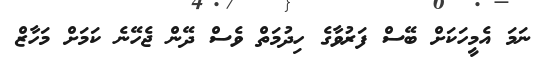
ނަމަ އެމީހަކަށް ބޭސް ފަރުވާގެ ހިދުމަތް ވެސް ދޭން ޖެހޭނެ ކަމަށް މަހާޒް